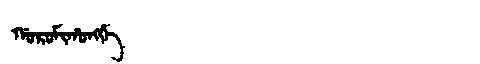
Manchu: ᡤᠣᡵᠣᠮᡳᡥᠣᠩᡤᡝ
Romanization: GOROMIHONGGE